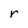
Character: r